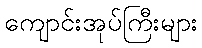
ကျောင်းအုပ်ကြီးများ